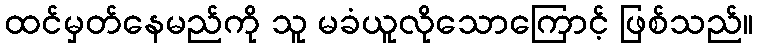
ထင်မှတ်နေမည်ကို သူ မခံယူလိုသောကြောင့် ဖြစ်သည်။